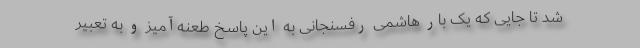
شد تا جایی که یک بار هاشمی رفسنجانی به این پاسخ طعنه‌آمیز و به تعبیر